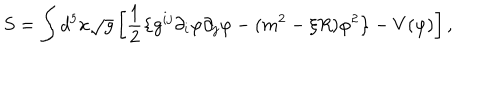
LaTeX: S = \int d ^ { 5 } x \sqrt { g } \left[ \frac { 1 } { 2 } \left\{ g ^ { i j } \partial _ { i } \varphi \partial _ { j } \varphi - ( m ^ { 2 } - \xi R ) \varphi ^ { 2 } \right\} - V ( \varphi ) \right] ,